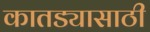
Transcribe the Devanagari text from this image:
कातड्यासाठी